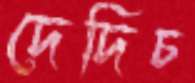
দেদিচ